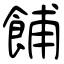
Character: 餔